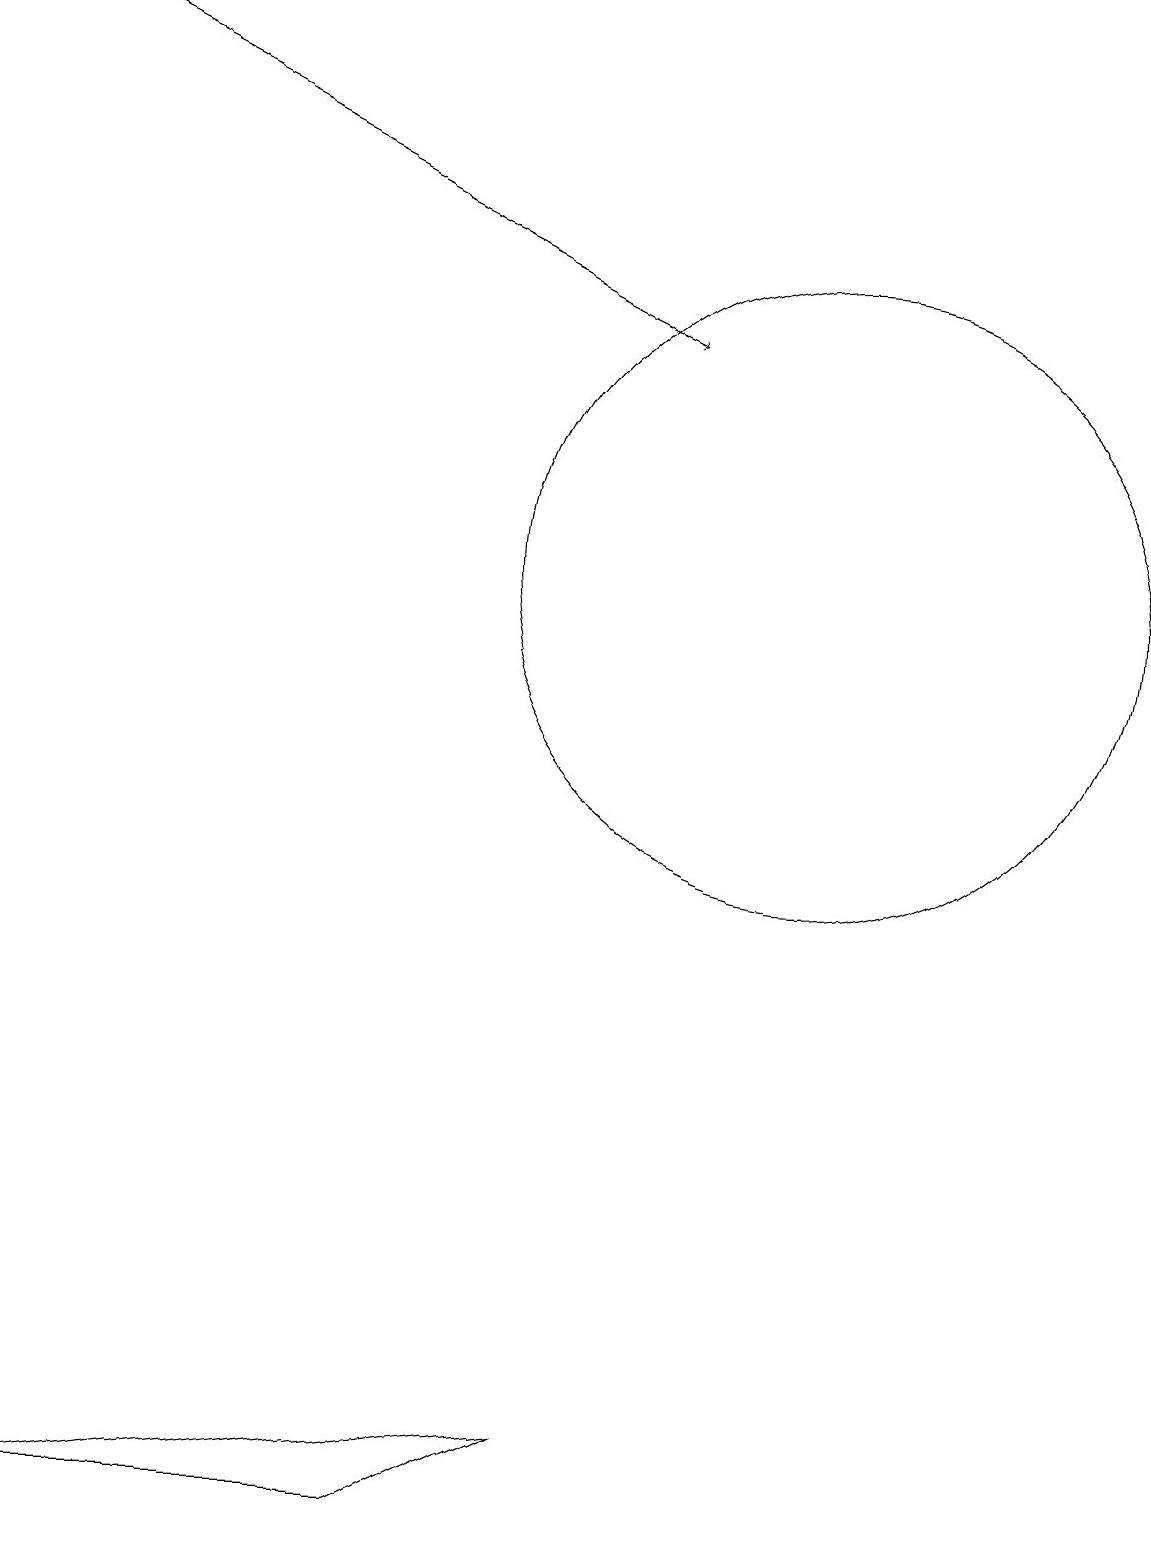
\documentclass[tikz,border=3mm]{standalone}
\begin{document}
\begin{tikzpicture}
\draw (10,12) circle (4);
\draw (7,1) -- (5,0) -- (0,0) -- cycle;
\draw[->] (0,19) -- (8,15);
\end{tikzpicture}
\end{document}